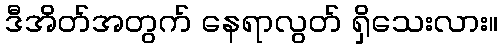
ဒီအိတ်အတွက် နေရာလွတ် ရှိသေးလား။